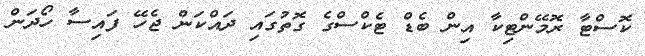
ކޮސްޓާ ރޮމޭންޓިކާ އިން ބެޑް ޓެކްސްގެ ގޮތުގައި ދައްކަން ޖެހޭ ފައިސާ ހޯދަން